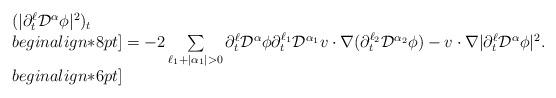
LaTeX: \begin{align*}\begin{array}{ll}(|\partial_t^{\ell}\mathcal{D}^{\alpha}\phi|^2)_t \\begin{align*}8pt]= -2\sum\limits_{\ell_1+|\alpha_1|>0}\partial_t^{\ell}\mathcal{D}^{\alpha}\phi\partial_t^{\ell_1}\mathcal{D}^{\alpha_1}v\cdot\nabla(\partial_t^{\ell_2}\mathcal{D}^{\alpha_2}\phi)-v\cdot\nabla|\partial_t^{\ell}\mathcal{D}^{\alpha}\phi|^2.\\begin{align*}6pt]\end{array}\end{align*}